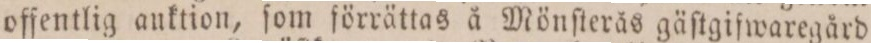
offentlig anktion, ſom förrättas å Mönſterås gäſtgifwaregård